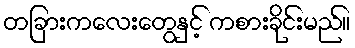
တခြားကလေးတွေနှင့် ကစားခိုင်းမည်။